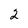
Character: 2